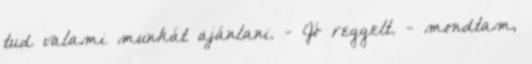
tud valami munkát ajánlani. - Jó reggelt. - mondtam,